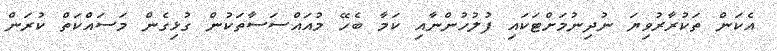
އެކަން ތަކުރާރުވިޔަ ނުދިނުމަށްޓަކައި ފުލުހުންނާއި ކަމާ ބެހޭ މުއައްސަސާތަކުން ގުޅިގެން މަސައްކަތް ކުރަން